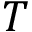
T